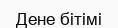
Дене бітімі